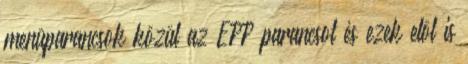
menüparancsok közül az EPP parancsot és ezek elöl is